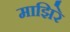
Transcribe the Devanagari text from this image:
माझिरे